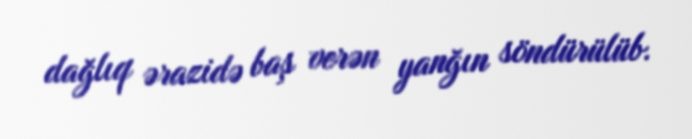
dağlıq ərazidə baş verən yanğın söndürülüb.